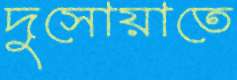
দুসোয়াতে